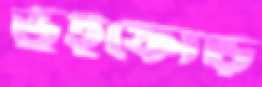
ভুঁইফোড়